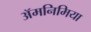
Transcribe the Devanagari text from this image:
ॲमनिमिया